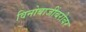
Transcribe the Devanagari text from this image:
विनोबाजींबरोबर